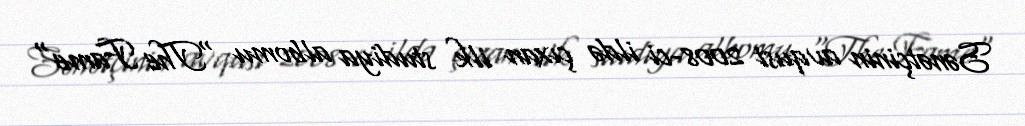
Sənətçinin avqust 2008-ci ildə çıxan ilk studiya albomu "The Fame"